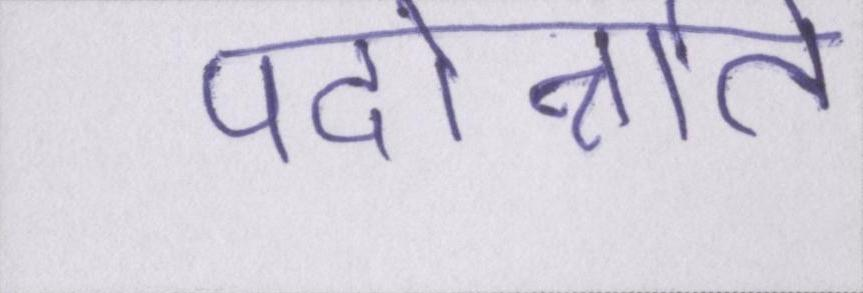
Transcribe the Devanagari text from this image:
पदोन्नति